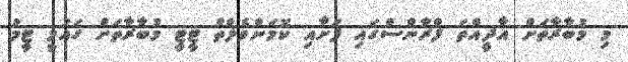
މި މުބާރާތަށް އާދީއްތަ ފްރާންސްގައި ފަށާއި ކޮމަންވެލްތް ޓީޓީ މުބާރާތަށް ގައުމީ ޓީމު